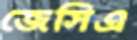
জেসিএ